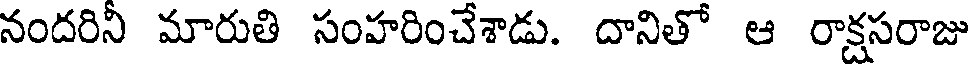
నందరిని మారుతి సంహరించేశాడు. దానితో ఆ రాక్షసరాజు